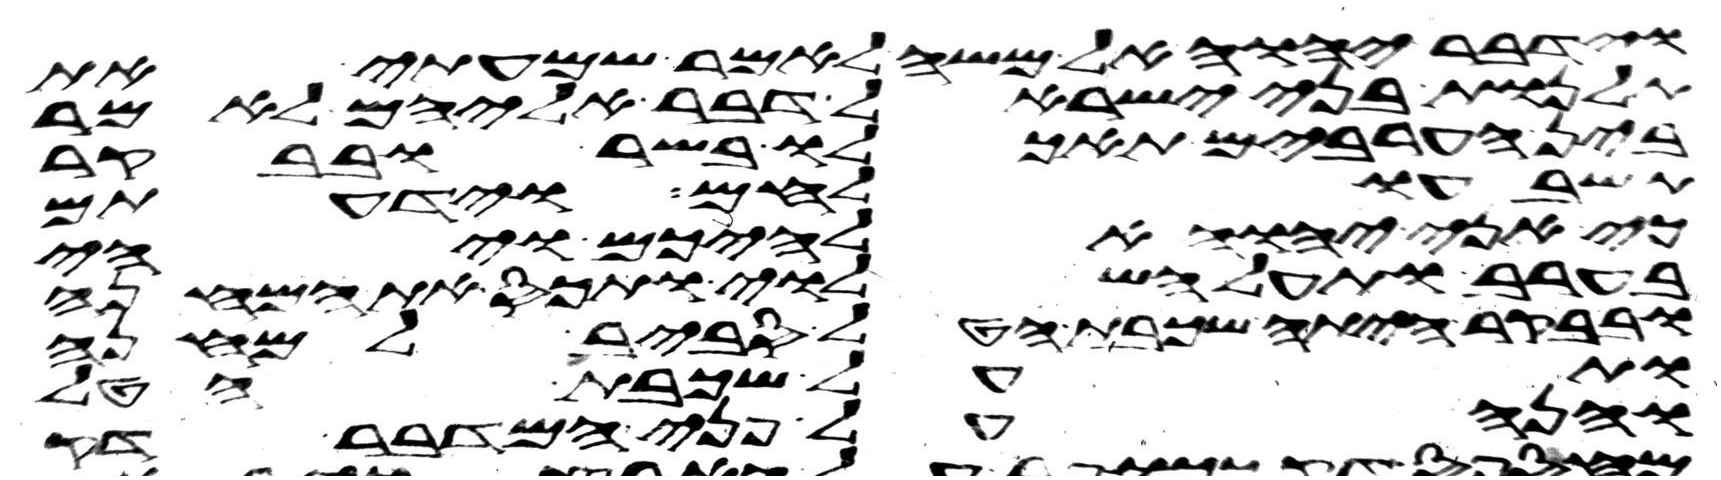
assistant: וידבר יהוה אל משה לאמר שמעתי את
תלנות בני ישראל דבר אליהם לאמר
בין הערבים תאכלו בשר ובבקר
תשבעו לחם וידעתם
כי אני יהוה אלהיכם ויהי
בערב ותעל השלוי ותכס את המחנה
ובבקר היתה שכבת הטל סביב למחנה
ותעל שכבת הטל
והנה על פני המדבר דק